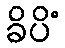
ခိပိံ